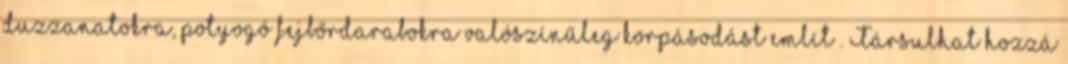
duzzanatokra, potyogó fejbőrdarabokra valószínűleg korpásodást említ . Társulhat hozzá